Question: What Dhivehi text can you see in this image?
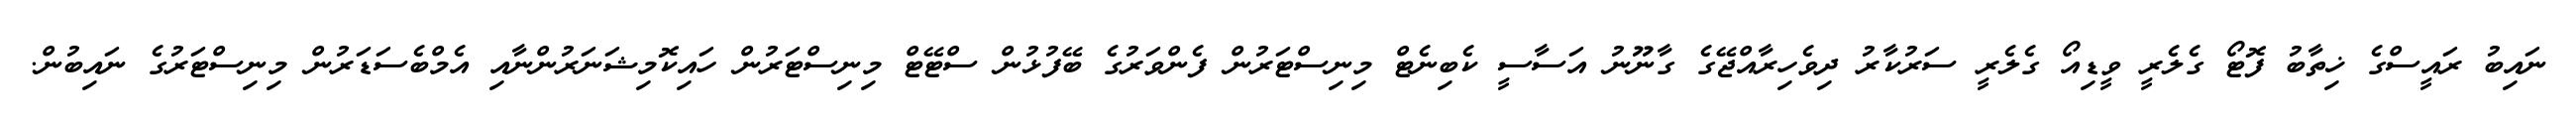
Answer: ނައިބު ރައީސްގެ ޚިތާބު ފޮޓޯ ގެލެރީ ވީޑިއޯ ގެލެރީ ސަރުކާރު ދިވެހިރާއްޖޭގެ ގާނޫނު އަސާސީ ކެބިނެޓް މިނިސްޓަރުން ފެންވަރުގެ ބޭފުޅުން ސްޓޭޓް މިނިސްޓަރުން ހައިކޮމިޝަނަރުންނާއި އެމްބެސަޑަރުން މިނިސްޓަރުގެ ނައިބުން.